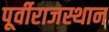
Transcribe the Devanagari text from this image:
पूर्वीराजस्थान